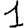
Digit: 1